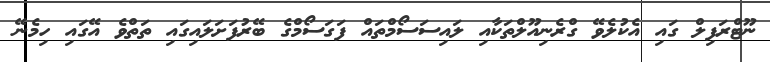
ނޫޓްރަފިލް ގައި އެކުލެވޭ ގްރެނިއޫލްތަކާއި ލައިސަސޯމްތައް ފަގަސޯމްގެ ބޭރުފަށަލައިގައި ތަތްވެ އޭގައި ހިމެނޭ